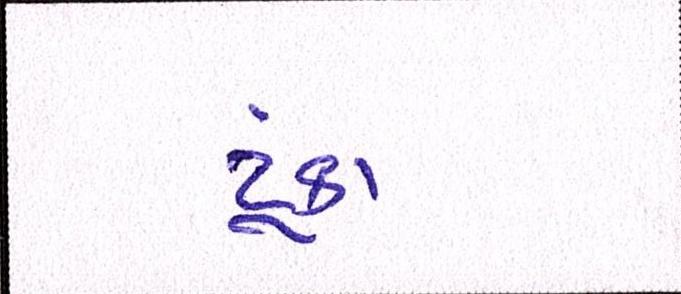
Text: ટૂંકા